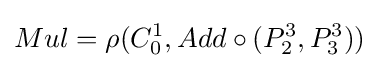
Mul=\rho (C_{0}^{1},Add\circ (P_{2}^{3},P_{3}^{3}))